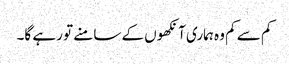
کم سے کم وہ ہماری آنکھوں کے سامنے تو رہے گا۔